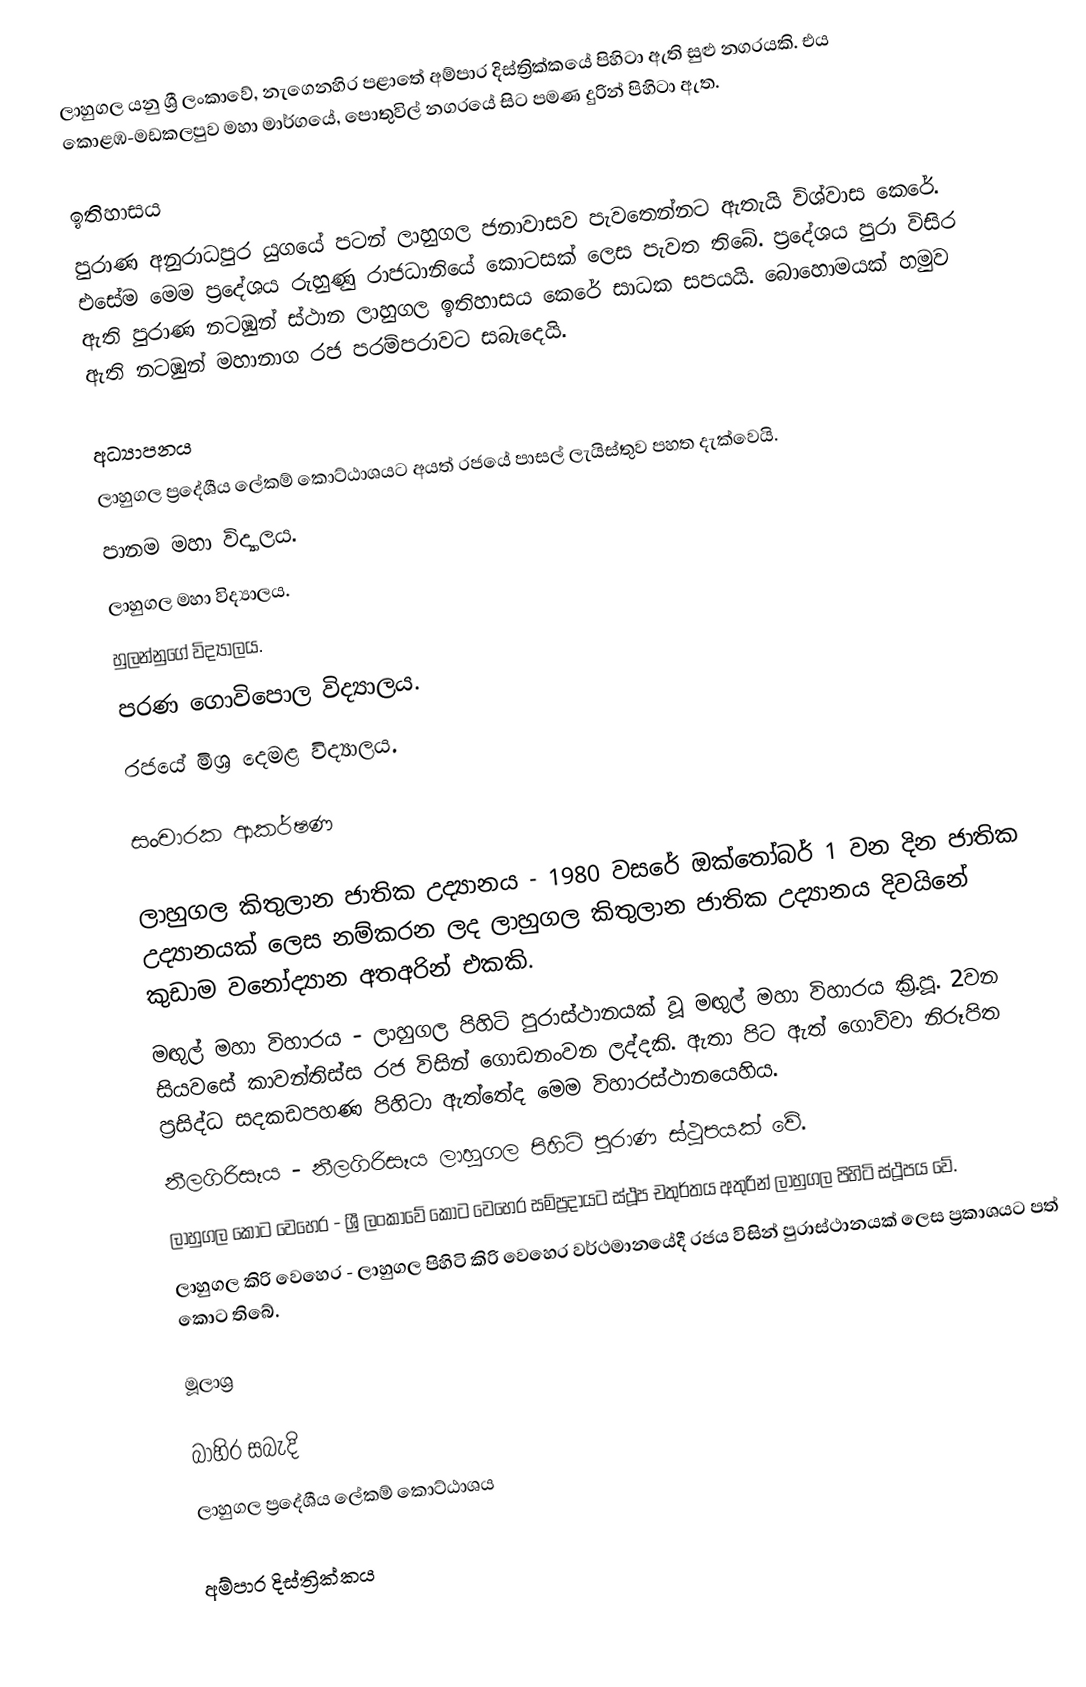
ලාහුගල යනු ශ්‍රී ලංකාවේ, නැගෙනහිර පළාතේ අම්පාර දිස්ත්‍රික්කයේ පිහිටා ඇති සුළු නගරයකි. එය කොළඹ-මඩකලපුව මහා මාර්ගයේ, පොතුවිල් නගරයේ සිට  පමණ දුරින් පිහිටා ඇත.

ඉතිහාසය
පුරාණ අනුරාධපුර යුගයේ පටන් ලාහුගල ජනාවාසව පැවතෙන්නට ඇතැයි විශ්වාස කෙරේ. එසේම මෙම ප්‍රදේශය රුහුණු රාජධානියේ කොටසක් ලෙස පැවත තිබේ. ප්‍රදේශය පුරා විසිර ඇති පුරාණ නටඹුන් ස්ථාන ලාහුගල ඉතිහාසය කෙරේ සාධක සපයයි. බොහොමයක් හමුව ඇති නටඹුන් මහානාග රජ පරම්පරාවට සබැදෙයි.

අධ්‍යාපනය
ලාහුගල ප්‍රදේශීය ලේකම් කොට්ඨාශයට අයත් රජයේ පාසල් ලැයිස්තුව පහත දැක්වෙයි.
 පානම මහා විද්‍යාලය.
 ලාහුගල මහා විද්‍යාලය.
 හුලන්නුගේ විද්‍යාලය.
 පරණ ගොවිපොල විද්‍යාලය.
 රජයේ මිශ්‍ර දෙමළ විද්‍යාලය.

සංචාරක ආකර්ෂණ

 ලාහුගල කිතුලාන ජාතික උද්‍යානය - 1980 වසරේ ඔක්තෝබර් 1 වන දින ජාතික උද්‍යානයක් ලෙස නම්කරන ලද ලාහුගල කිතුලාන ජාතික උද්‍යානය දිවයිනේ කුඩාම වනෝද්‍යාන අතඅරින් එකකි.
 මඟුල් මහා විහාරය - ලාහුගල පිහිටි පුරාස්ථානයක් වූ මඟුල් මහා විහාරය ක්‍රි.පූ. 2වන සියවසේ කාවන්තිස්ස රජ විසින් ගොඩනංවන ලද්දකි. ඇතා පිට ඇත් ගොව්වා නිරූපිත ප්‍රසිද්ධ සදකඩපහණ පිහිටා ඇත්තේද මෙම විහාරස්ථානයෙහිය.
 නීලගිරිසෑය - නීලගිරිසෑය ලාහුගල පිහිටි පුරාණ ස්ථූපයක් වේ.
 ලාහුගල කොට වෙහෙර - ශ්‍රී ලංකාවේ කොට වෙහෙර සම්ප්‍රදායට ස්ථූප චතුර්තය අතුරින් ලාහුගල පිහිටි ස්ථූපය වේ.
 ලාහුගල කිරි වෙහෙර - ලාහුගල පිහිටි කිරි වෙහෙර වර්ථමානයේදී රජය විසින් පුරාස්ථානයක් ලෙස ප්‍රකාශයට පත් කොට තිබේ.

මූලාශ්‍ර

බාහිර සබැදි
 ලාහුගල ප්‍රදේශීය ලේකම් කොට්ඨාශය

අම්පාර දිස්ත්‍රික්කය